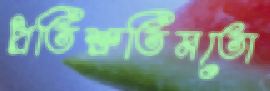
প্রতিশ্রুতিমতো